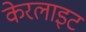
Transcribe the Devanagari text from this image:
केरलाइट